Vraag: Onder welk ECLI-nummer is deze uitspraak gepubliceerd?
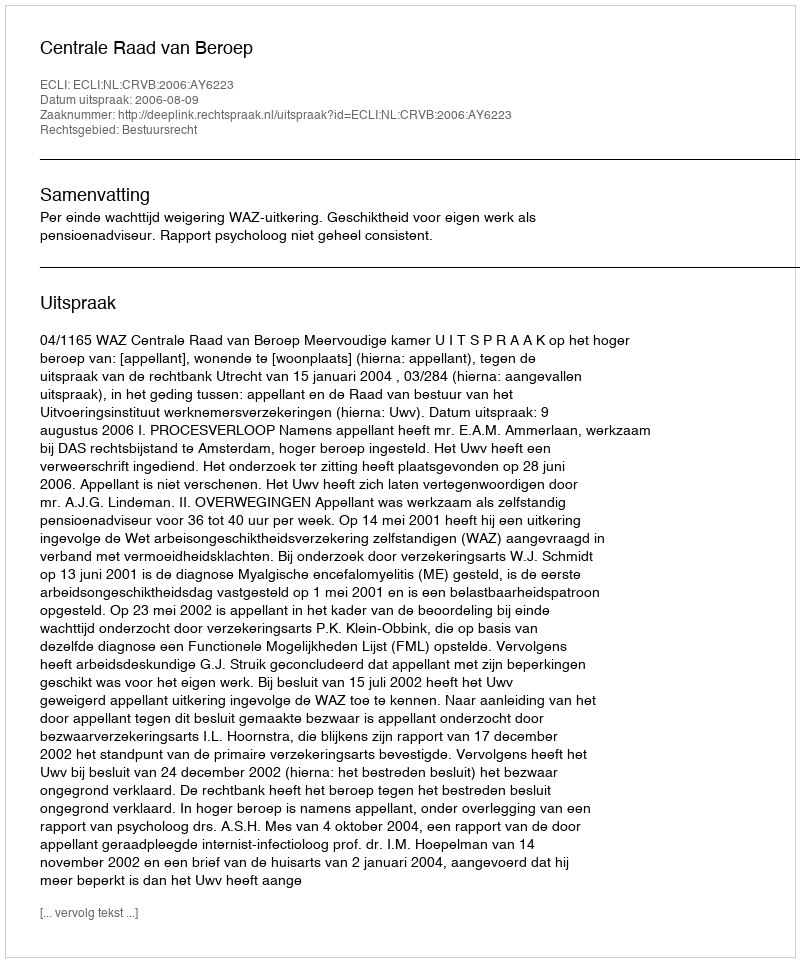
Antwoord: ECLI:NL:CRVB:2006:AY6223